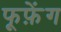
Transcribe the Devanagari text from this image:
फूफ़ेंग